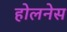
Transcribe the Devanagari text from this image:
होलनेस